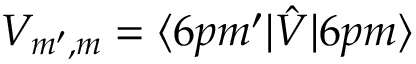
V _ { m ^ { \prime } , m } = \langle 6 p m ^ { \prime } | \hat { V } | 6 p m \rangle